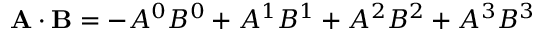
\mathbf { A \cdot B } = - A ^ { 0 } B ^ { 0 } + A ^ { 1 } B ^ { 1 } + A ^ { 2 } B ^ { 2 } + A ^ { 3 } B ^ { 3 }